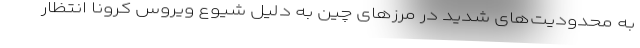
به محدودیت‌های شدید در مرزهای چین به دلیل شیوع ویروس کرونا انتظار